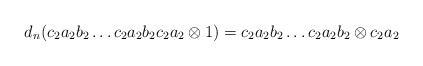
LaTeX: \begin{align*}d_n(c_2a_2b_2 \dots c_2a_2b_2c_2a_2 \otimes 1) = c_2a_2b_2 \dots c_2a_2b_2 \otimes c_2a_2\end{align*}